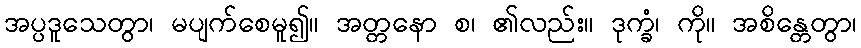
အပ္ပဒူသေတွာ၊ မပျက်စေမူ၍။ အတ္တနော စ၊ ၏လည်း။ ဒုက္ခံ၊ ကို။ အစိန္တေတွာ၊